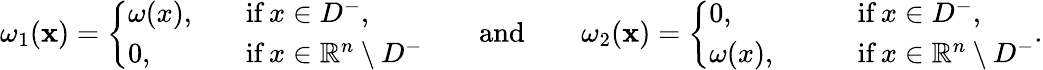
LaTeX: \omega_{1}(\mathbf{x})=\left\{ \begin{array}{ll}{\omega(x),\ \ \ }&{\mathrm{if}\, x\in D^{-},}\\ {0,}&{\mathrm{if}\, x\in\mathbb R^{n}\setminus D^{-}}\end{array}\right.\qquad\mathrm{{and}}\qquad\omega_{2}(\mathbf{x})=\left\{ \begin{array}{ll}{0,\qquad}&{\mathrm{if}\, x\in D^{-},}\\ {\omega(x),\qquad}&{\mathrm{if}\, x\in\mathbb R^{n}\setminus D^{-}}\end{array}\right..